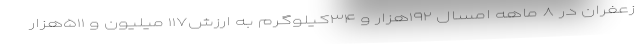
زعفران در ۸ ماهه امسال ۱۹۲هزار و ۳۴کیلوگرم به ارزش۱۱۷ میلیون و ۵۱۱هزار